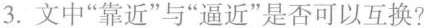
3.文中”靠近”与”逼近”是否可以互换?